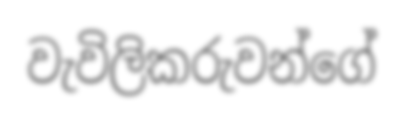
වැවිලිකරුවන්ගේ